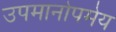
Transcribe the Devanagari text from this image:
उपमानोपमेय